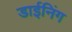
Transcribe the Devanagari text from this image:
डाईनिंग